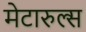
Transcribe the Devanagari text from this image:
मेटारुल्स